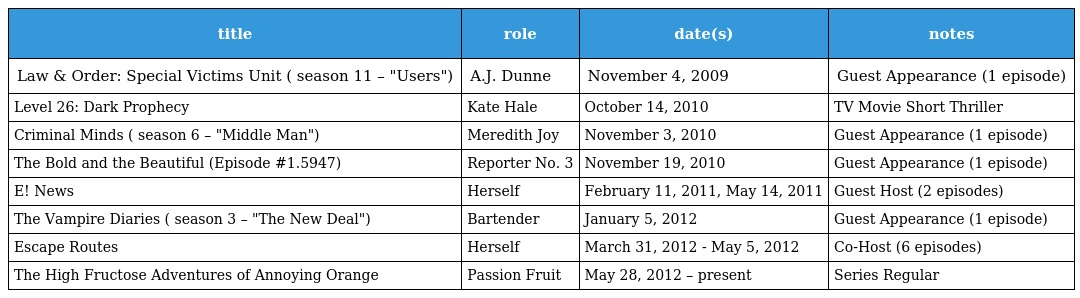
| title | role | date(s) | notes |
 | --- | --- | --- | --- |
 | Law & Order: Special Victims Unit ( season 11 – "Users") | A.J. Dunne | November 4, 2009 | Guest Appearance (1 episode) |
 | Level 26: Dark Prophecy | Kate Hale | October 14, 2010 | TV Movie Short Thriller |
 | Criminal Minds ( season 6 – "Middle Man") | Meredith Joy | November 3, 2010 | Guest Appearance (1 episode) |
 | The Bold and the Beautiful (Episode #1.5947) | Reporter No. 3 | November 19, 2010 | Guest Appearance (1 episode) |
 | E! News | Herself | February 11, 2011, May 14, 2011 | Guest Host (2 episodes) |
 | The Vampire Diaries ( season 3 – "The New Deal") | Bartender | January 5, 2012 | Guest Appearance (1 episode) |
 | Escape Routes | Herself | March 31, 2012 - May 5, 2012 | Co-Host (6 episodes) |
 | The High Fructose Adventures of Annoying Orange | Passion Fruit | May 28, 2012 – present | Series Regular |